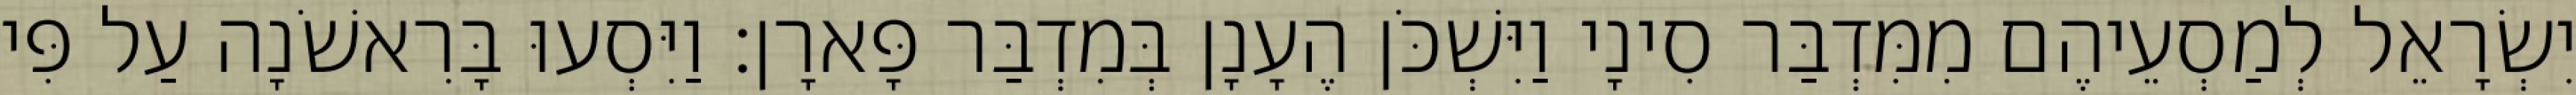
יִשְׂרָאֵל לְמַסְעֵיהֶם מִמִּדְבַּר סִינָי וַיִּשְׁכֹּן הֶעָנָן בְּמִדְבַּר פָּארָן׃ וַיִּסְעוּ בָּרִאשֹׁנָה עַל פִּי